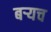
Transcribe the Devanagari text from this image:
बर्‍यच